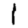
Digit: 1